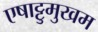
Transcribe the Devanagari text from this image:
एषाट्टुमुखम